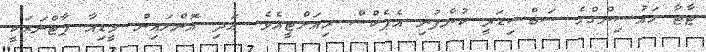
ޓާޓާ ހައުސިންގްގެ ސަބްސިޑަރީ ކުންފުނި އެޕެކްސް ރިއަލްޓީއެވެ. އަދި އޮންލައިން މީޑިއާ ޕާޓްނަރަކީ